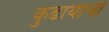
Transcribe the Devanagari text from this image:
कुढायाची